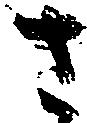
さ